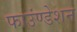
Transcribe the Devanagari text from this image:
फाउंण्डेशन